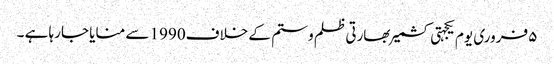
۵ فروری یوم یکجہتی کشمیر بھارتی ظلم و ستم کے خلاف1990 سے منایا جارہا ہے ۔